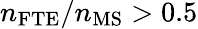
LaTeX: n_{\mathrm{FTE}}/n_{\mathrm{MS}}>0.5